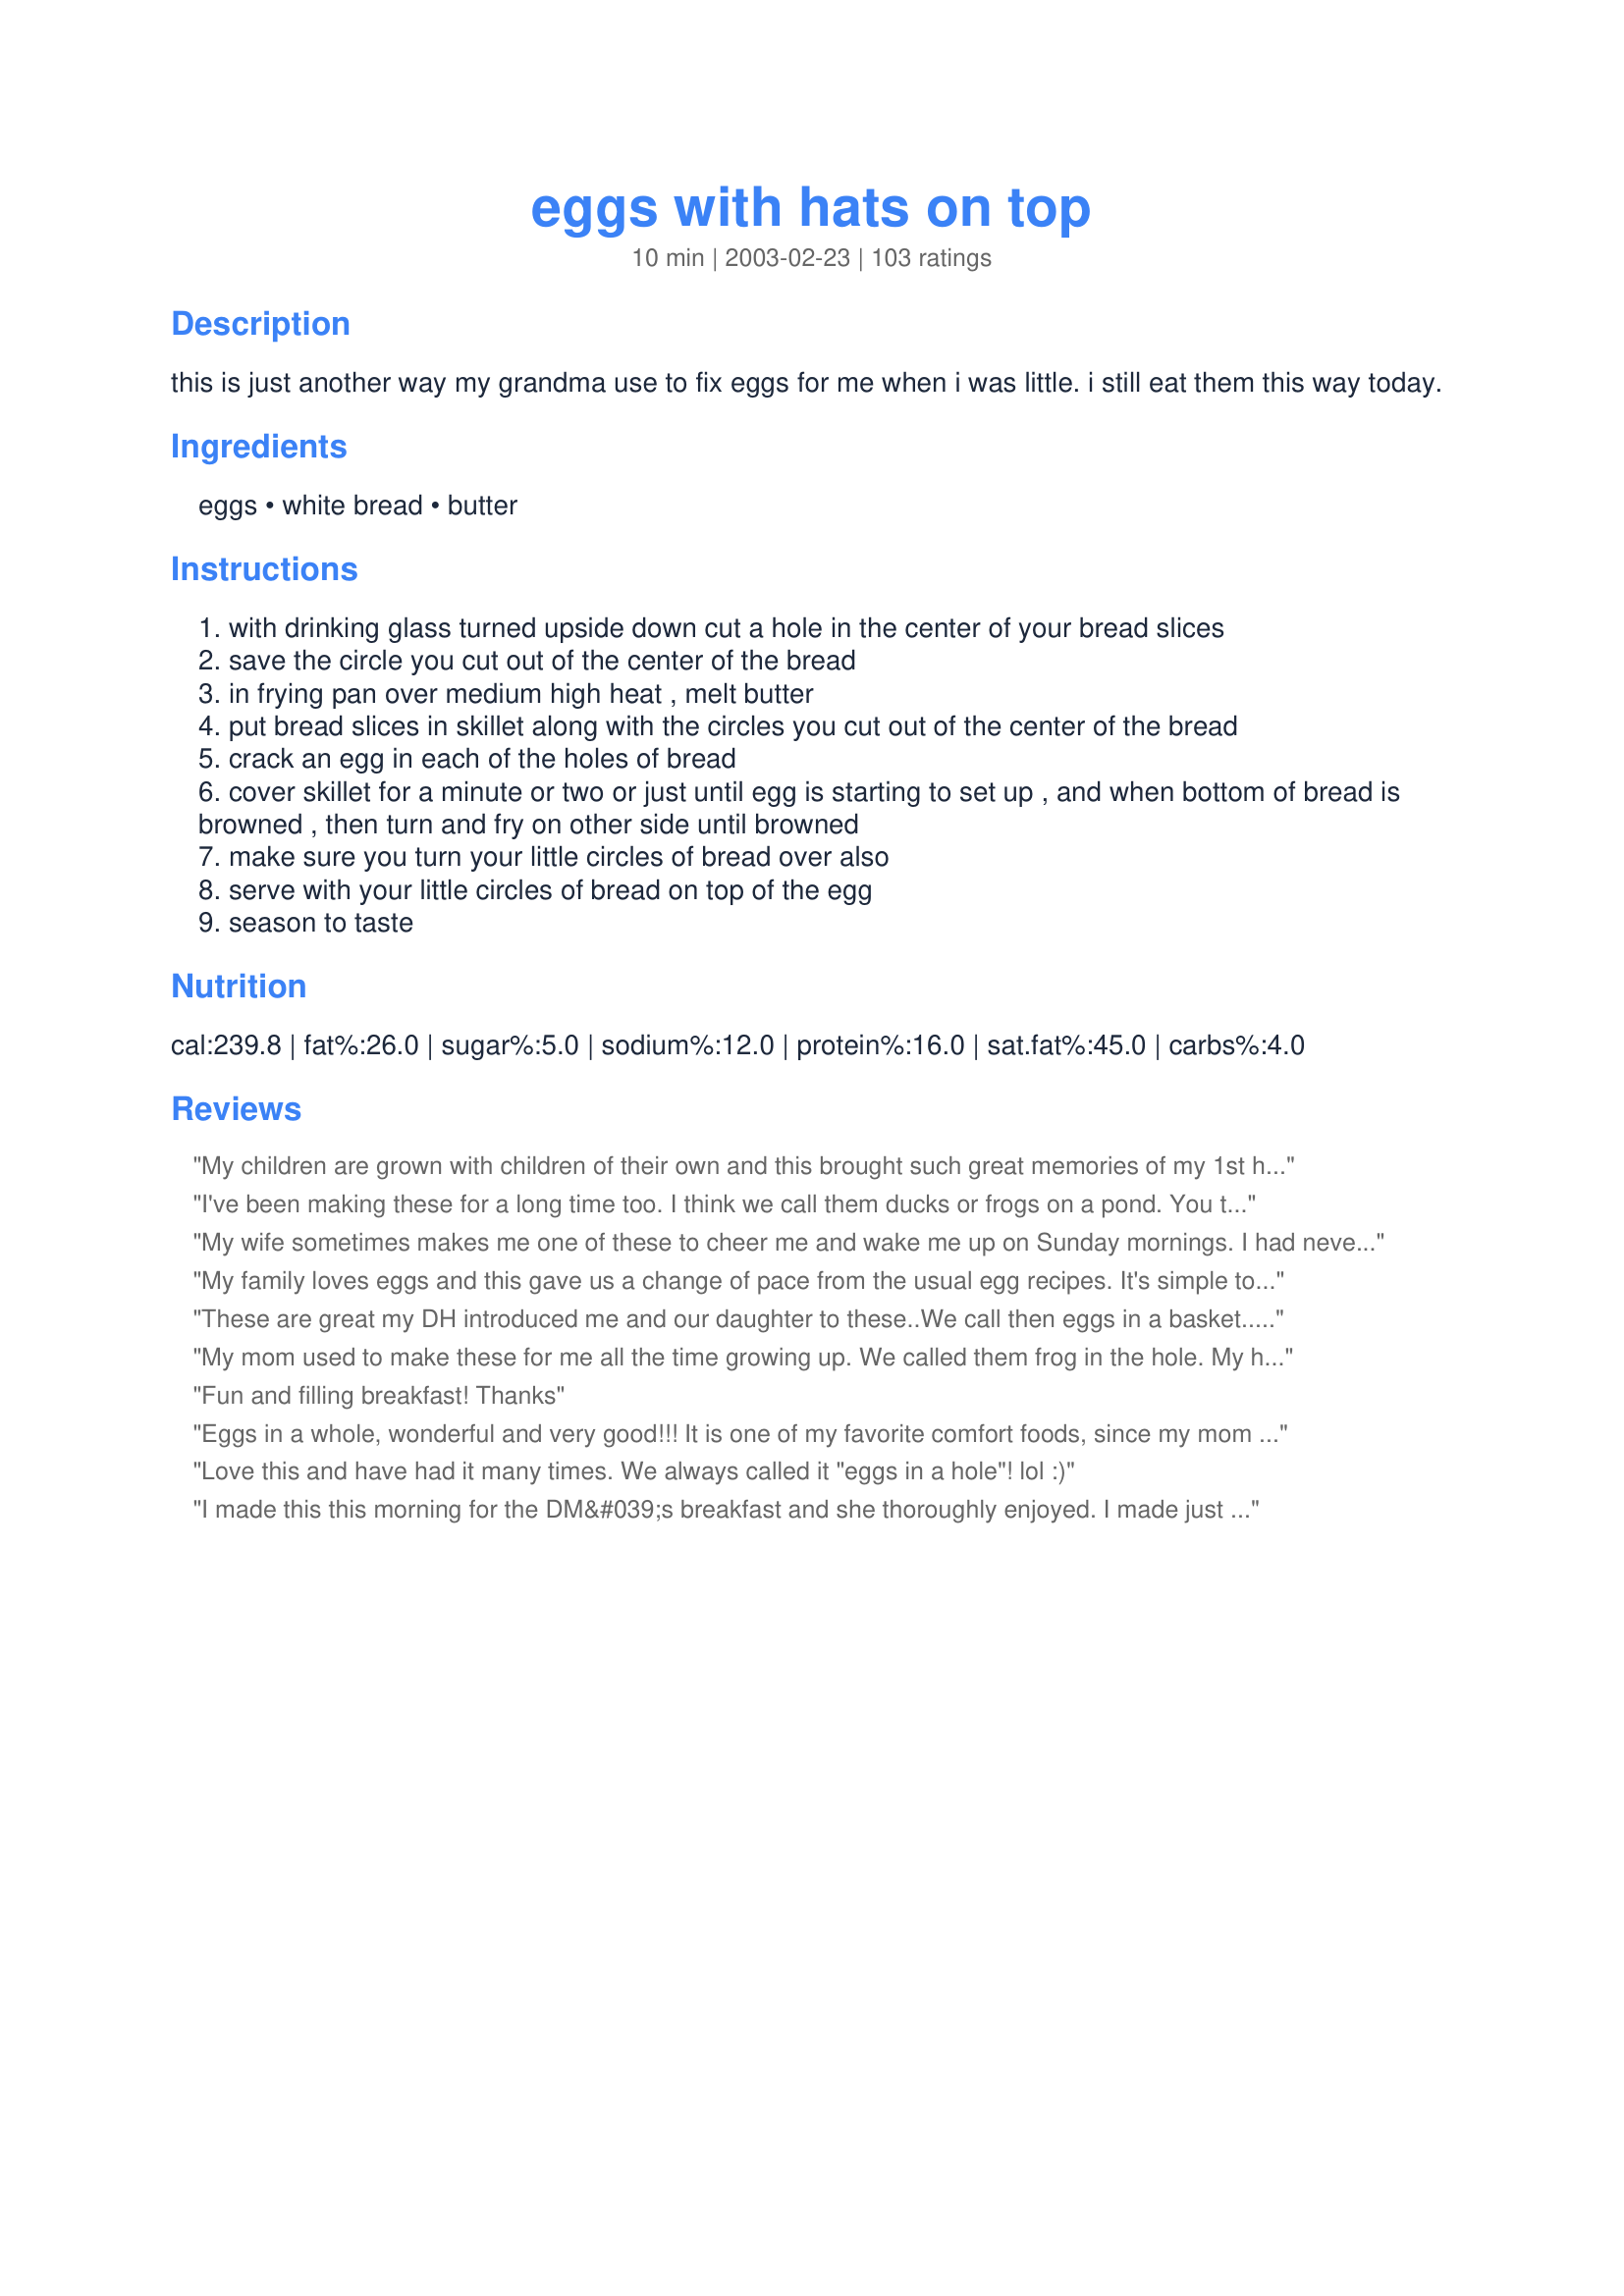
eggs with hats on top
Preparation time: 10 minutes

this is just another way my grandma use to fix eggs for me when i was little. i still eat them this way today.

Ingredients:
eggs, white bread, butter

Steps:
with drinking glass turned upside down cut a hole in the center of your bread slices
save the circle you cut out of the center of the bread
in frying pan over medium high heat , melt butter
put bread slices in skillet along with the circles you cut out of the center of the bread
crack an egg in each of the holes of bread
cover skillet for a minute or two or just until egg is starting to set up , and when bottom of bread is browned , then turn and fry on other side until browned
make sure you turn your little circles of bread over also
serve with your little circles of bread on top of the egg
season to taste

Reviews:
My children are grown with children of their own and this brought such great memories of my 1st husband their dad preparing this for them (the only thing he could cook) which he called "toad in a hole"
I've been making these for a long time too. I think we call them ducks or frogs on a pond. You throw a slice of cheese on top for a "Hat" too. I've used American and thin slices of brie but there are many that would be great.
My wife sometimes makes me one of these to cheer me and wake me up on Sunday mornings. I had never had Egg in a Hole before we were married. It is fun and delicious!
My family loves eggs and this gave us a change of pace from the usual egg recipes. It's simple to make and kids and adults like it. The first 2 times that I made it I covered the pan and the eggs were overcooked before the toast was browned. Perhaps because I used a teflon pan. The third time I put the bread in the pan about a minute before the eggs and then it came out perfect and delicious !
 These are great my DH introduced me and our daughter to these..We call then eggs in a basket.....
My mom used to make these for me all the time growing up. We called them frog in the hole. My husban also remembers these growing up but they called them bird's nest. What ever the name this is an easy dish and my boys love it.
Fun and filling breakfast! Thanks
Eggs in a whole, wonderful and very good!!! It is one of my favorite comfort foods, since my mom used to cook it for us all the time.
Cxstitcher
Love this and have had it many times. We always called it "eggs in a hole"! lol :)
I made this this morning for the DM&#039;s breakfast and she thoroughly enjoyed. I made just the one using wholemeal/wholegrain bread and toasted one side first and then cut the circle out and buttered the untoasted side and put that in the hot frypan and slipped the egg into the hole and then put a lid on the frypan and cooked until the egg was set and the yolk still soft, toasted the other side of the circle and served that for dipping into the yolk. Thank you Sheri-BDB, made for Name that Ingredient tag game.
 we call them toads in a hole too??? i like to sprinkle crumbled, crisp bacon over the egg on the last side toasted. and boy do kids like toads. i forgot all about these and have grandchildren who haven't had any.
 chef 249610
This turned out really good! I've tried making something like it before. The step of covering the skillet for a few minutes made a difference. One tip: do avoid overcooking use the smaller burner on your stovetop.

Also,I used a butter spray instead and saved quite a bit on calories.

Next time, I think I'll try using a cookie cutter shape especially with Easter coming around the corner I think a bunny will create a little more intrigue and excitement from my children.
Love these....we called then egg-in-a-basket when I was a little girl! Easy to make!
This was always something neat/special for breakfast when my boys were small. They think that I made this recipe up. They would always ask me to make it for their friends. It's amazing what simple things make your kids think you're special and this was one of those things for me.
Ive had this ever sense i can remember but we always called it eggs in a hole
i really like this very much i learned this in girl scouts we called it frog in a hole and my hubby calls it eggs in a basket but what ever you call them it is good eats thank for sharing
Hey! This is what my daughter, Cheyenne, makes for me for Mother's Day and my birthday every year! She's only 13, and she does such an awesome job of making this...VERY kid friendly...TRIVIA QUESTION: In the movie, "Moonstruck" with Cher...Her Mom (Olivia Dukakis) made this for Loretta (Cher) one morning...What was the red stuff she cooked with it? Was it roasted red peppers???
This was adorable! I added a slice of salami and provolone cheese to top off my egg hats. Cute, thanks for posting!
I just finished making this and it was so easy and fast. It made me feel as though I was making breakfast for my family, rather than just pouring milk over cereal. Delicious and wonderful - thanks, Sheri!
Cute recipe. My husband loved them so much he made them for me this weekend. He used my heart cookie cutter instead of the glass. It gave the hats a very sweet and romantic breakfast in bed look.
Thanks for a tasty, easy recipe! I used our favorite wheat bread and did not cover the skillet... we like the yolks a little moist.
Easy, flavorful, and a kid pleaser. A triple play!
My parents called this recipe "Hollywood Eggs".
Love these! Always a special breakfast treat at my house. The best part is the little, toasty "hat".
So Easy, So Quick, So Delicious......Equals So Perfect. Thanks
I&#039;ve been making these just like this forever! Only difference is the name, which I LOVE this naming of it. We usually call them &quot;Toad in a hole&quot;. Delish!!
Known by many names (mine was toad in the hole) this has always been a quick fix breakfast. Made for the Easter Egg Hunt 2009.
Made these for years and love them - I flipped one and left one sunny side up. Toasted one side then flipped it for the sunny side up. Thanks for posting the recipe Kelly and reminding me how good these are
My grandmother made a version of this for us every Easter morning. She separated the eggs, whipped the whites, and put them in the hole, making a "nest" for the yoke. Then they went in the oven on a cookie sheet for a little while until the yoke was set on top and the whites were dry like meringue. She called them "Bird's Nests". Yum
Yum!
I love to read all of the names people call this recipe! Makes me wonder who was the first to come up with it and what the original was. This is one breakfast my dad would make us as kids. He called it "toad in the hole" and I will soon be making my daughter's first of many.
We called this brunch special a "Birds Nest" at our restaurant, it was ALWAYS a huge hit. If no one has ever had it, seen it, or heard about it, it's pretty impressive, especially for the simplicity of it. At home I use Hellmann's Mayo., spread onto the bread (after cutting it out with the glass) instead of the butter in the pan. Served with thick cut bacon, and fresh garden tomato's, it's a great thing. Thanks for sharing Sheri-BDB!
I made this egg dish since it had a little different cooking method than the one I usually make. It was good . My husband loved the butter but next time I will add a little less butter to mine. 

Thanks sweetiebarbara for a new way to cook this dish. 

Bullwinkle
My kids had so much fun making breakfast with this recipe. The name was really cute also. Thanks for sharing!
We just call this "Egg in the hole". I also fry it in butter for a richer taste. Delicious!
Thanks for this fun recipe. It was nostalgic for my husband, his father used to make this and called it a "one-eyed sandwich." DH got a kick out of the "hat" part of this recipe.
I have had this when I was younger except my moms version was baked in the oven. This version was quick and simple! I sprinkled the final product with adobo and enjoyed my breakfast:)
Wow, I have been having these since I was a child and have always loved them...only difference is the name Frog On a Lily Pad :). I am giving this five stars and hope it shows...I am a new member and for some reason my stars aren't showing up. Great recipe for anyone especially great with kids.
I LOVE this recipe and have been making it for years!! When my son was little, we got him to eat eggs by calling it "Biddies on a Raft."
Thanks for posting!!
Mmm! I just made these for a quick, yummy breakfast, and they were really good! I think next time Ill butter the bread, too, to get them more browned. Great recipe!
it been a family favorite for years. esspecially on bbq..
This is one of my favorite way to eat eggs! I love when kids stay over so that I can wow them with my cool eggs! My mom made them for us when we were little and we would beg her to make them every morning! She called them "Eggs In a Raft With a Life Preserver." I have also heard them called "Eggs in a Nest." We also made the hole much smaller (about the size of the yolk) and served them with the white side down.
Brings back great memories for me, as well. And just because it's not gourmet doesn't mean it doesn't deserve 5 stars. Tastes great and makes you (or me, at least) smile!
My kids love this unique take on a traditional eggs & toast breakfast! We followed the recipe exactly and were rewarded with lots of "Yum!" exclamations around the table. Thank you for sharing the recipe with Zaar!
Great Recipie, I have tried that myself, and it is good. Good recipie!
Made this for my wife this morning and she is still telling me how great and different it was. Thanks for posting.
This is a wonderful recipe I remember my mother making for me as a child - she called them popeye's. As an adult I still make them once in a while for my husband and I - only a slightly more grown up version, using hearty whole wheat bread and some herbs & seasonings. Lovely to see this recipe posted!
This was always a hit with my girls. My Mom made it for me when I was little too, we called it "Toad in a hole". The French Canadians called it "Coco cache". When the girls were old enough to use the stove it was an easy meal for them to make for themselves.
This is a fun recipe!!
A friend of mine always raves about this and now I know why!!!Too easy and even great with syrup. I am going to try it next with just the egg white to make it a little better for me, plus the kiddos were not so crazy about the egg yolk. Thanks..
What a fun way to serve eggs!
My DD got a real kick out of the "hats" and she ate it right up without any coaxing....and that says it all!
Excellent, thanks!
These are great--we called them gashouse eggs at my house.
This was alright- it was a nice change of pace for breakfast. The kids ate them ok, but I don't think they'll request them again. (My sons also tend to like their eggs scrambled- so that could be part of the problem.) I might try to make this simple recipe again for my husband to see what he thinks.
This is so yum! Like comfort food.
I was so excited to see this! I'd always made this back in high school. Topped with fresh cracked pepper, this is so easy and simple, yet tastes better than regular toast & fried eggs. And it is cute, too!
Growing up I knew this as a "One-Eyed Egyptian". We also use butter not oil. I've found if you put the bread in the skillet and brown it, then flip it over and then add the egg, the bread is toasty on both sides. My daughter always toasts her bread in the toaster before making these.
Delicious!
DH makes these all the time. His dad taught him the trick. FIL calls these Shirley Palmer Eggs after his high school sweetheart's mother. These eggs are a tradition for my siblings whenever DH is around!
My Grandma made these for me but she named them "one eyed sailors". Thanks for the memory.
My husband had these as a kid and introduced me to them. So yummy and cute too!
These are great! Very easy to make. I used to have these as a kid. Sometimes I make the bread like french toast and add the scrambled egg in the middle. Topped with syrup or eaten plain.
I was just thinking of making these this morning after I dropped a basket of eggs, cracking three of them. When I was a child we were never scolded by my father for accidentally breaking the occasional one while gathering eggs. Instead, he'd make "egg-in-the-hole" for us. So guess what I had for breakfast? A very tasty trip down memory lane, Dee.
It was fun to make this!! :D I tweaked it a bit.. I French toasted the bread before carving the hole in it and adding the egg inside.. and also once done.. for the bread hat of the recipe..i sprinkled lil powdered sugar and cinnamon on top of it before placing it over the egg .. :D! It was Ammmaaazzing!! thank you. &lt;3
These are SO GOOD!!! We have been making them for a while because my husband's mother used to make them for him when he was young - but we call them "Eggs in the hole". My kids ask for them quite often - my oldest son pours pancake syrup on his. Very good!!!
It was delicious, my husband loved it and I was really surprised that it wasn't dry at all. Thank you!
I love this sandwhich and have been making it for twenty years. It always makes someone who has never had one smile. I was taught how to make this by my dear late husband when we were dating. He called them "Gas House" eggs and I think of him whenever I make these.
I love these, my grandma called them "hinky dinkies"...I have heard them called so many different things. So easy to make too.
One of my favorite ways to eat eggs & toast, with a side of crispy bacon.
I spent part of my childhood in England, where these were called Eggs in the Hole. I love them! So little trouble to make and so good to eat.
We call that toad in the hole. And it is good.<br/>I have even ordered this in a restaurant.
We used to eat this at breakfast sometimes as children but we called it toad in a hole and generally it was not just plain white bread but whole grain or something.
So cute, so fun and tasty too. Thanks for posting my kids loved these and us adults did too....Stephanie
This recipe has been with my family for I don't know how long! We call it "Egg-in-the-hole" I don't like butter, so I cook it without and I woks just as well with a little Pam!
I made this morning for my 2 1/2 year old granddaughter who is not big on breakfast. I dipped the bread for french toast. Making some for grandpa otherwise I wouldn't do it special. Then at the end before I put the top hat I put some cheese on the egg. She gobbled it up. That's says alot. My little one gave it 5 stars and so do I for being cute, fun, tasty and effective.
Very good, very easy. I used potato bread for mine. :)
He he... I make these for my son all the time. We call them "toad in the holes" :)
I hadn't thought of these in years, but when I read your recipe, I had to have one for breakfast! Quick, easy and simple... and it brought back fond memories. I topped mine with a little shredded cheddar cheese. Thanks for posting!
Wanted "something different" to serve our 3-year-old granddaughter after her sleep-over with us, but did not have a lot of extra time. She helped me cut the "hat" and watched with awe as I cracked the egg into the hole. She rates this dish 2 thumbs up and proclaimed it "veh-wee 
deh-wish-us!" Thank you!
I love these too !!! I knew them as &quot; toad in a hole &quot; when I was a kid. Sometimes toasting the bread a little before hand works too.
I love this! I used to make this as a kid...still make them occasionally. For a fun twist for the kids (or kids at heart), cut the bread with cookie cutters!
Fun food my daughter makes for breakfast.
What a nostalgic recipe!
When tried a couple of times before, mine didn't turn out. I think your tip of covering the pan briefly and using medium-high heat did the trick for me. Thanks!
I remember these. We did them exactly the same way, only my grandmother called them a toad in a hole.
This was super easy for me! I am usually not that great at flipping fried eggs, but this simplified it! I typically have toast with my eggs anyways, so why not mix it. Great recipe, will use again.
We call this a "frog (or toad) in the hole"... and the kids loved 'em. I butter the bread before cutting the hole out w/ a cookie cutter... using a plate rather than a cutting board. Looking forward to making them for my grandchildren!
This is buttery, delicious and so quick and easy. I used whole-wheat bread and seasoned the eggs with salt and pepper. Using cookie cutters to make the whole different shapes would be cute for kids. Thank you, Sheri. I think this will become a regular breakfast for me.
Thank you for the quick-n-easy recipe. I only had one egg, that is why I added the ham. It really hit the spot this morning!:)
This is great as french toast also. We've always called them frog-eye toast.
These were appealing and tasty. Next time though I will use a denser bread, used a soft white and the butter from the top melted down through the bottom, so I didn't achieved browning on the bottom before flipping. A 2-3/4" biscuit cutter was a perfect size and I'm using the 'hole' to use a crustless sandwich for my DS's lunchbox. For my DH's I topped his w/american cheese.
I love egg sandwiches, so decided to try this as a variation for breakfast this morning. After flipping the bread I put cheese around the "toad" and melted it, then garnished with some salsa. Fun, yummy, creative breakfast idea! Thanks!
We love these and have been making them for 15 years. We call them ship eggs because on a boat this is the best way to make fried eggs w/out tearing the yoke. I really liked Kuuipo Reed's suggestion of using cookie cutters.
This recipe brings back memories. My mom made these all the time for me, but she called them Toad in the Hole. Don't ask me why.
I've always known these as "eggs in the basket" and my mom made these a lot while I was grwoing up. She would always fry the little cut-out also to cover the eggs with (so it's covered in a basket) and then smothered it in cheese, green peppers and onions. Thanks for reminding me about this simple dish and giving me an excuse to make it again. :D I made it the way my mother always did and the kids loved it. Zaar Wrold Tour 05
We called them Eggs in the Hole. My mom used to serve them to us when we were little. They are kid friendly/easy to make, but would I give them a 5 star....no! (the ony reason of the high rating is probably because of memories involved)
We call these Humpty Dumptys. I sprinkle on a bit of parmesan cheese before serving.
Good grief these are good !
And so simple and fast to make.
Thanks for a new breakfast idea !
I learned to make these in High School. Which I don't mind saying was a FEW years ago. We called them Eggs in a Nest. I had forgot about them. Thanks for reminding me I think I will make them for my kids soon!!
When my children were little, they refused to eat anything unless it had a "name". I had heard of "Toad in the Hole", but didn't really know what it was, so this recipe became our "Toad in the Hole". I, now make this for my grandchildren (and once in a while for me).
I've been making these for years, too, and had not realized they had a name! In any event, it's a fun breakfast, for a change.
THANK YOU for such a wonderful recipe. It is simple, tastes great, and is fun to eat. Great recipe!
My kids love these (I do, too)! My mom always called them "Birds Nests" and I know some people call them "Egg in a Window". If I have butter, I use that instead of oil. Depending on the pan, sometimes I need to add a little extra butter in the hole before I drop the eggs in, so they won't stick when I go to flip them. I also fry the cut-out circles for the kids to use to "Dip in".
I combined this with Recipe #59791 (French Toast...I'm not a fan of French Toast but this one is a must try!) and it was excellent. I definately will be making this again...thanks for the post!
We had an unexpected snowstorm in Israel and we are all stuck in the house. I thought this would be fun to make for the kids for lunch. Similar to Moonstruck Eggs by Heather Feather, but much cuter with the hats! Needless to say, my kids thought these were adorable and gobbled them right up!
Ah...the memories of childhood! :)
I have been searching for the trick, as I couldn't quite remember how mom used to make them. I can't wait to use this recipe over and over again. Although I have no children, I'll try some shapes like hearts and other. No need to have children to enjoy this treat!
